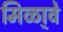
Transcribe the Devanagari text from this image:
मिळा्वे